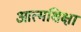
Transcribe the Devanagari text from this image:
आत्मशिक्षा